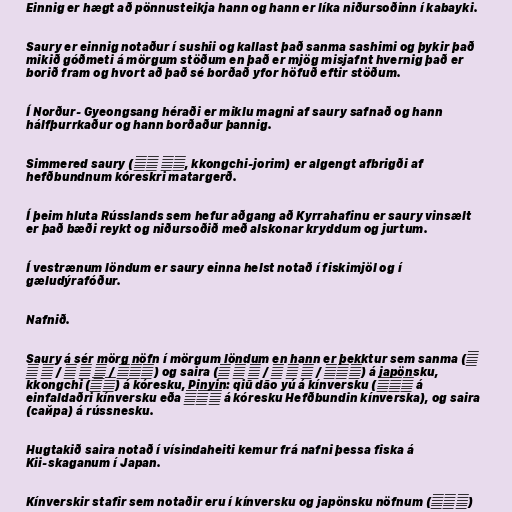
Einnig er hægt að pönnusteikja hann og hann er líka niðursoðinn í kabayki.

Saury er einnig notaður í sushii og kallast það sanma sashimi og þykir það
mikið góðmeti á mörgum stöðum en það er mjög misjafnt hvernig það er
borið fram og hvort að það sé borðað yfor höfuð eftir stöðum.

Í Norður- Gyeongsang héraði er miklu magni af saury safnað og hann
hálfþurrkaður og hann borðaður þannig.

Simmered saury (꽁치 조림, kkongchi-jorim) er algengt afbrigði af
hefðbundnum kóreskri matargerð.

Í þeim hluta Rússlands sem hefur aðgang að Kyrrahafinu er saury vinsælt
er það bæði reykt og niðursoðið með alskonar kryddum og jurtum.

Í vestrænum löndum er saury einna helst notað í fiskimjöl og í
gæludýrafóður.

Nafnið.

Saury á sér mörg nöfn í mörgum löndum en hann er þekktur sem sanma (さ
ん ま / サ ン マ / 秋刀魚) og saira (さ い ら / サ イ ラ / 佐伊羅) á japönsku,
kkongchi (꽁치) á kóresku, Pinyin: qiū dāo yú á kínversku (秋刀鱼 á
einfaldaðri kínversku eða 秋刀魚 á kóresku Hefðbundin kínverska), og saira
(сайра) á rússnesku.

Hugtakið saira notað í vísindaheiti kemur frá nafni þessa fiska á
Kii-skaganum í Japan.

Kínverskir stafir sem notaðir eru í kínversku og japönsku nöfnum (秋刀魚)